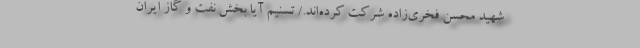
شهید محسن‌ فخری‌زاده شرکت کرده‌اند./ تسنیم آیا بخش نفت و گاز ایران